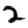
Digit: 2